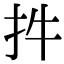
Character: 𢪧